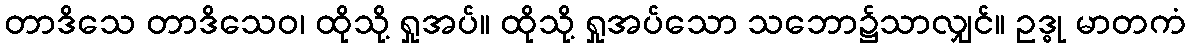
တာဒိသေ တာဒိသေဝ၊ ထိုသို့ ရှုအပ်။ ထိုသို့ ရှုအပ်သော သဘော၌သာလျှင်။ ဥဒ္ဓု မာတကံ